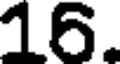
16.